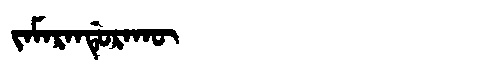
Manchu: ᠵᠠᠮᠠᡵᠠᠨᡩᡠᡵᠠᡴᡡ
Romanization: JAMARANDURAKŪ